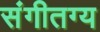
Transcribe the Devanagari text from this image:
संगीतग्य